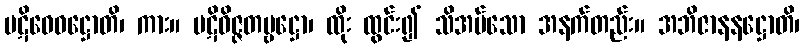
ပဋိဝေဓဋ္ဌောတိ၊ ကား။ ပဋိဝိဇ္ဇတဗ္ဗဋ္ဌော၊ ထိုး ထွင်း၍ သိအပ်သော အနက်တည်း။ အဘိဇာနနဋ္ဌောတိ၊